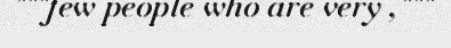
"""few people who are very ,"""